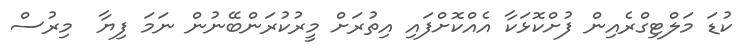
ކުޑަ މަލްޓިގްރެއިން ފުށްކޮޅަކާ އެއްކޮށްފައި އިތުރަށް މީރުކުރަންބޭނުން ނަމަ ފިޔާ  މިރުސް